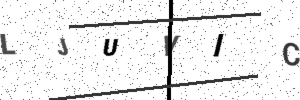
Text: LJUVIC